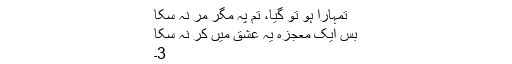
تمہارا ہو تو گیا، تم پہ مگر مر نہ سکا
بس ایک معجزہ یہ عشق میں کر نہ سکا
3۔